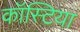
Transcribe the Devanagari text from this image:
कॉस्टिया